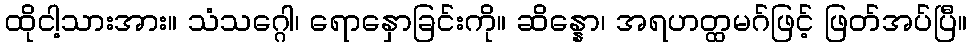
ထိုငါ့သားအား။ သံသဂ္ဂေါ၊ ရောနှောခြင်းကို။ ဆိန္နော၊ အရဟတ္ထမဂ်ဖြင့် ဖြတ်အပ်ပြီ။